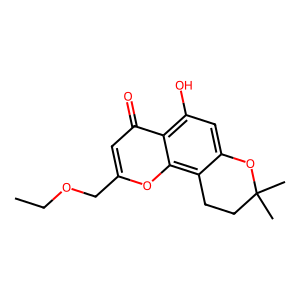
SMILES: CCOCc1cc(=O)c2c(O)cc3c(c2o1)CCC(C)(C)O3
Inhibits HIV replication: No